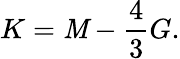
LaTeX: K=\mathit{M}-\frac{{4}}{{3}}G.